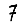
Digit: 7